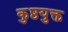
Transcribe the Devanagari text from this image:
कुष्ठयुक्त